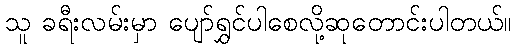
သူ ခရီးလမ်းမှာ ပျော်ရွှင်ပါစေလို့ဆုတောင်းပါတယ်။